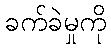
ခက်ခဲမှုကို